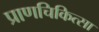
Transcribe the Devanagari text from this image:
प्राणचिकित्सा